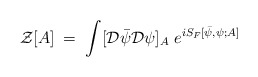
\begin{align*}{\mathcal Z}[A] \;=\; \int [{\mathcal D} {\bar\psi} {\mathcal D} \psi]_A \; e^{i S_F[{\bar\psi},\psi;A]}\end{align*}